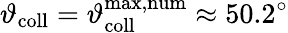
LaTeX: \vartheta_{\mathrm{coll}}=\vartheta_{\mathrm{coll}}^{\mathrm{max,num}}\approx 50.2^{\circ}